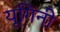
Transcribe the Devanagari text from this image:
यूगिनी